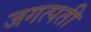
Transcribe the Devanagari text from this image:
जगत्पती